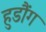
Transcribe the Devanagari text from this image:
हुडौंग